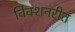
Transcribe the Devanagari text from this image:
विक्शनरीत